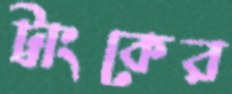
ট্রাংকের